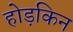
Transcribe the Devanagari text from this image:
होड़किन